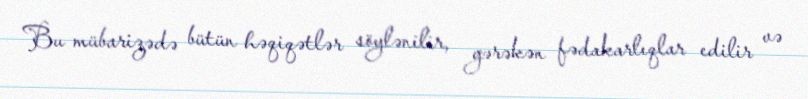
Bu mübarizədə bütün həqiqətlər söylənilir, gərəkən fədakarlıqlar edilir və